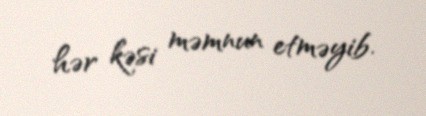
hər kəsi məmnun etməyib.